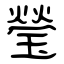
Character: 瑩